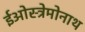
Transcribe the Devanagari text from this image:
ईओस्त्रेमोनाथ